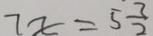
7 x = 5 \frac { 3 } { 2 }